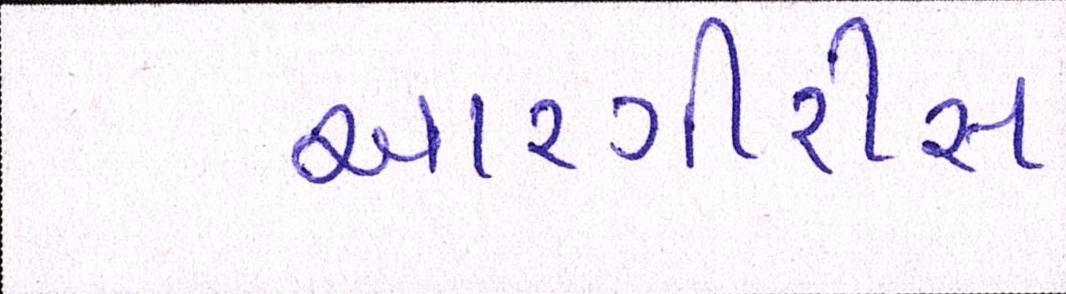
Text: આરગીરીસ